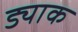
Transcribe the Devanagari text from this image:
ड्याक